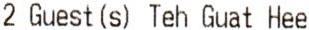
2 GUEST(S) TEH GUAT HEE